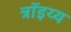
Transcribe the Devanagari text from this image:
त्रॉइय्य